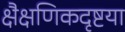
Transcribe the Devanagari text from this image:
क्षैक्षणिकदृष्टया